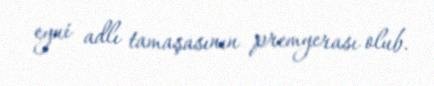
eyni adlı tamaşasının premyerası olub.